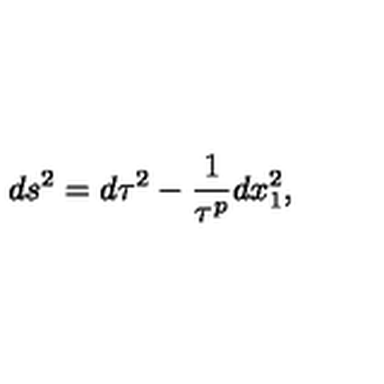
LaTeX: d s ^ { 2 } = d \tau ^ { 2 } - { \frac { 1 } { \tau ^ { p } } } d x _ { 1 } ^ { 2 } ,